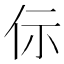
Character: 𠇣